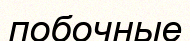
побочные